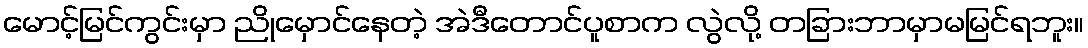
မောင့်မြင်ကွင်းမှာ ညိုမှောင်နေတဲ့ အဲဒီတောင်ပူစာက လွဲလို့ တခြားဘာမှာမမြင်ရဘူး။